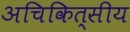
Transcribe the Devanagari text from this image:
अचिकित्सीय